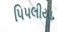
પિપલીયા